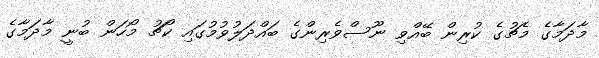
މާދަމާގެ މެޗުގެ ކުރިން ބޭއްވި ނޫސްވެރިންގެ ބައްދަލުވުމުގައި ކޯޗު މޯހަން ބުނީ މާދަމާގެ